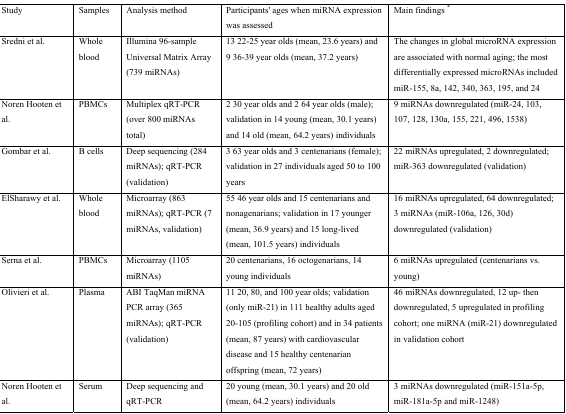
<table><thead><tr><td><b>Study</b></td><td><b>Samples</b></td><td><b>Analysis method</b></td><td><b>Participants&#x27; ages when miRNA expression was assessed</b></td><td><b>Main findings *</b></td></tr></thead><tbody><tr><td>Sredni et al.</td><td>Whole blood</td><td>Illumina 96-sample Universal Matrix Array (739 miRNAs)</td><td>13 22-25 year olds (mean, 23.6 years) and 9 36-39 year olds (mean, 37.2 years)</td><td>The changes in global microRNA expression are associated with normal aging; the most differentially expressed microRNAs included miR-155, 8a, 142, 340, 363, 195, and 24</td></tr><tr><td>Noren Hooten et al.</td><td>PBMCs</td><td>Multiplex qRT-PCR (over 800 miRNAs total)</td><td>2 30 year olds and 2 64 year olds (male); validation in 14 young (mean, 30.1 years) and 14 old (mean, 64.2 years) individuals</td><td>9 miRNAs downregulated (miR-24, 103, 107, 128, 130a, 155, 221, 496, 1538)</td></tr><tr><td>Gombar et al.</td><td>B cells</td><td>Deep sequencing (284 miRNAs); qRT-PCR (validation)</td><td>3 63 year olds and 3 centenarians (female); validation in 27 individuals aged 50 to 100 years</td><td>22 miRNAs upregulated, 2 downregulated; miR-363 downregulated (validation)</td></tr><tr><td>ElSharawy et al.</td><td>Whole blood</td><td>Microarray (863 miRNAs); qRT-PCR (7 miRNAs, validation)</td><td>55 46 year olds and 15 centenarians and nonagenarians; validation in 17 younger (mean, 36.9 years) and 15 long-lived (mean, 101.5 years) individuals</td><td>16 miRNAs upregulated, 64 downregulated; 3 miRNAs (miR-106a, 126, 30d) downregulated (validation)</td></tr><tr><td>Serna et al.</td><td>PBMCs</td><td>Microarray (1105 miRNAs)</td><td>20 centenarians, 16 octogenarians, 14 young individuals</td><td>6 miRNAs upregulated (centenarians vs. young)</td></tr><tr><td>Olivieri et al.</td><td>Plasma</td><td>ABI TaqMan miRNA PCR array (365 miRNAs); qRT-PCR (validation)</td><td>11 20, 80, and 100 year olds; validation (only miR-21) in 111 healthy adults aged 20-105 (profiling cohort) and in 34 patients (mean, 87 years) with cardiovascular disease and 15 healthy centenarian offspring (mean, 72 years)</td><td>46 miRNAs downregulated, 12 up- then downregulated, 5 upregulated in profiling cohort; one miRNA (miR-21) downregulated in validation cohort</td></tr><tr><td>Noren Hooten et al.</td><td>Serum</td><td>Deep sequencing and qRT-PCR</td><td>20 young (mean, 30.1 years) and 20 old (mean, 64.2 years) individuals</td><td>3 miRNAs downregulated (miR-151a-5p, miR-181a-5p and miR-1248)</td></tr></tbody></table>